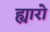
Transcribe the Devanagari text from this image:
ह्यारो